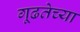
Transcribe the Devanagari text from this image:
गूढतेच्या